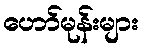
ဟော်မုန်းများ